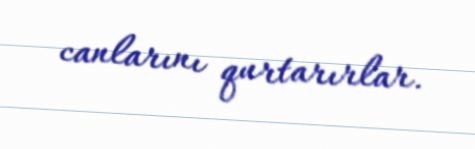
canlarını qurtarırlar.